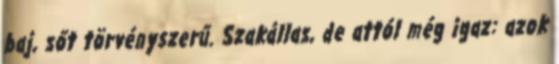
baj, sőt törvényszerű. Szakállas, de attól még igaz: azok